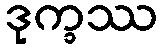
ဒုက္ခဿ